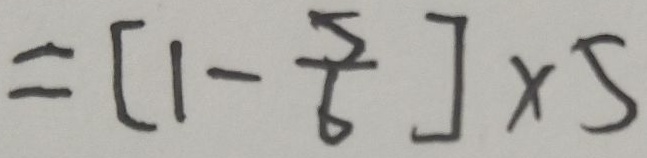
= [ 1 - \frac { 5 } { 6 } ] \times 5